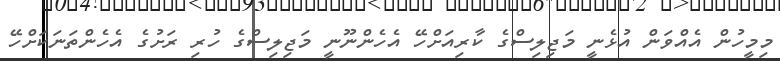
މިމީހުން އެއްވަން އުޅެނީ މަޖިލިސްގެ ކާރިއަށްހޭ އެހެންނޫނީ މަޖިލިސްގެ ހުރި ރަށުގެ އެހެންތަނަކަށްހޭ